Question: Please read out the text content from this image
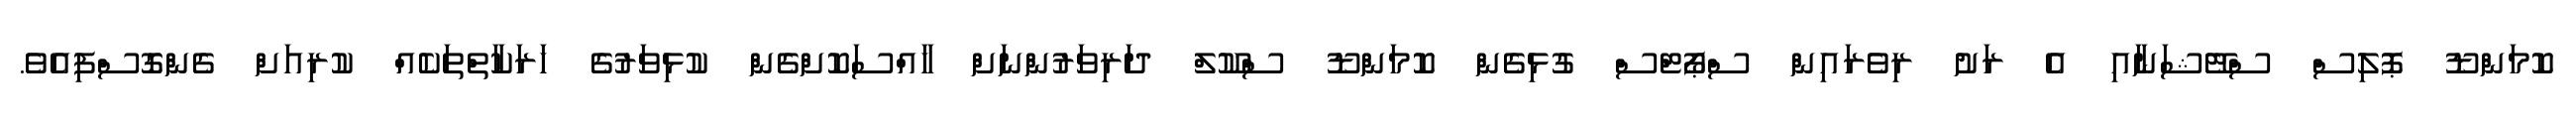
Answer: ކޮމަންޑޫ ޕޮލިސް ސްޓޭޝަނާއި އެ ރަށު ރިވެރައިން ސްޕޯޓްސް ގުޅިގެން ކޮމަންޑޫ ސްކޫލް ދަރިވަރުންނަށް ހާއްސަކޮށްގެން ކުޅިވަރުގެ ހަރަކާތްތަކެއް ކުރިއަށް ގެންގޮސްފިއެވެ.